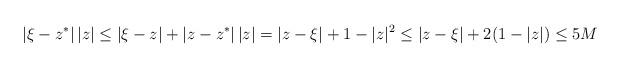
LaTeX: \begin{align*}|\xi-z^*| \, |z| \leq |\xi-z| + |z-z^*| \, |z| = |z-\xi| + 1-|z|^2 \leq |z-\xi| + 2(1-|z|) \leq 5M\end{align*}